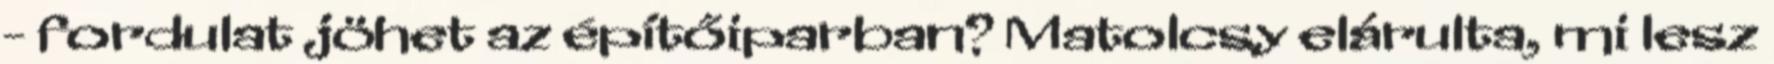
- fordulat jöhet az építőiparban? Matolcsy elárulta, mi lesz